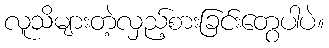
လူသိများတဲ့လှည့်စားခြင်းတွေပါပဲ။